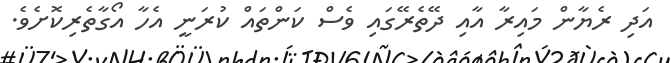
އަދި ރެޔާން މައިރާ އާއި ދޭތެރޭގައި ވެސް ކަންތައް ކުރަނީ އެހާ އޯގާތެރިކޮށެވެ.